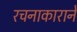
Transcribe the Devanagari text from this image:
रचनाकाराने